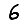
Digit: 6